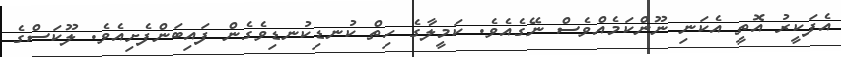
އެފަކީރު އޮތީ އެކަނި ނޫންކަމެއްވެސް ނޭގެއެވެ. ކަމީލާގެ ހިތް ކުނޑިކުނޑިވެގެން ފައިބަންފެށިއެވެ. ލޫކަސްގެ